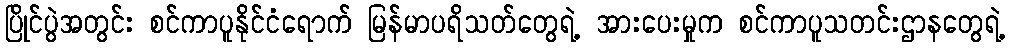
ပြိုင်ပွဲအတွင်း စင်ကာပူနိုင်ငံရောက် မြန်မာပရိသတ်တွေရဲ့ အားပေးမှုက စင်ကာပူသတင်းဌာနတွေရဲ့